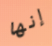
إنها